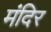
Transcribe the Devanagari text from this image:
मंदिर